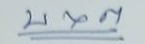
บ x ต